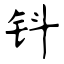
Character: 钭